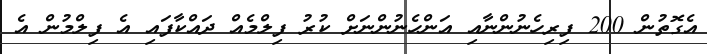
އެގޮތުން 200 ފިރިހެނުންނާއި އަންހެނުންނަށް ކުރު ފިލްމެއް ދައްކާފައި އެ ފިލްމުން އެ